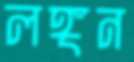
লঙ্গন